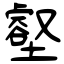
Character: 壑